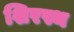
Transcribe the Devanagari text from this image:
शिरस्थ